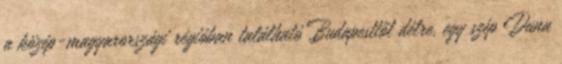
a közép-magyarországi régióban található Budapesttől délre, egy szép Duna